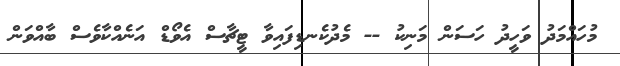
މުހައްމަދު ވަހީދު ހަސަން މަނިކު -- މެދުކެނޑިފައިވާ ޓީޗާސް އެވޯޑް އަނެއްކާވެސް ބާއްވަން